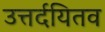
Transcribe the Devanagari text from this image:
उत्तर्दयितव